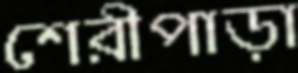
শেরীপাড়া